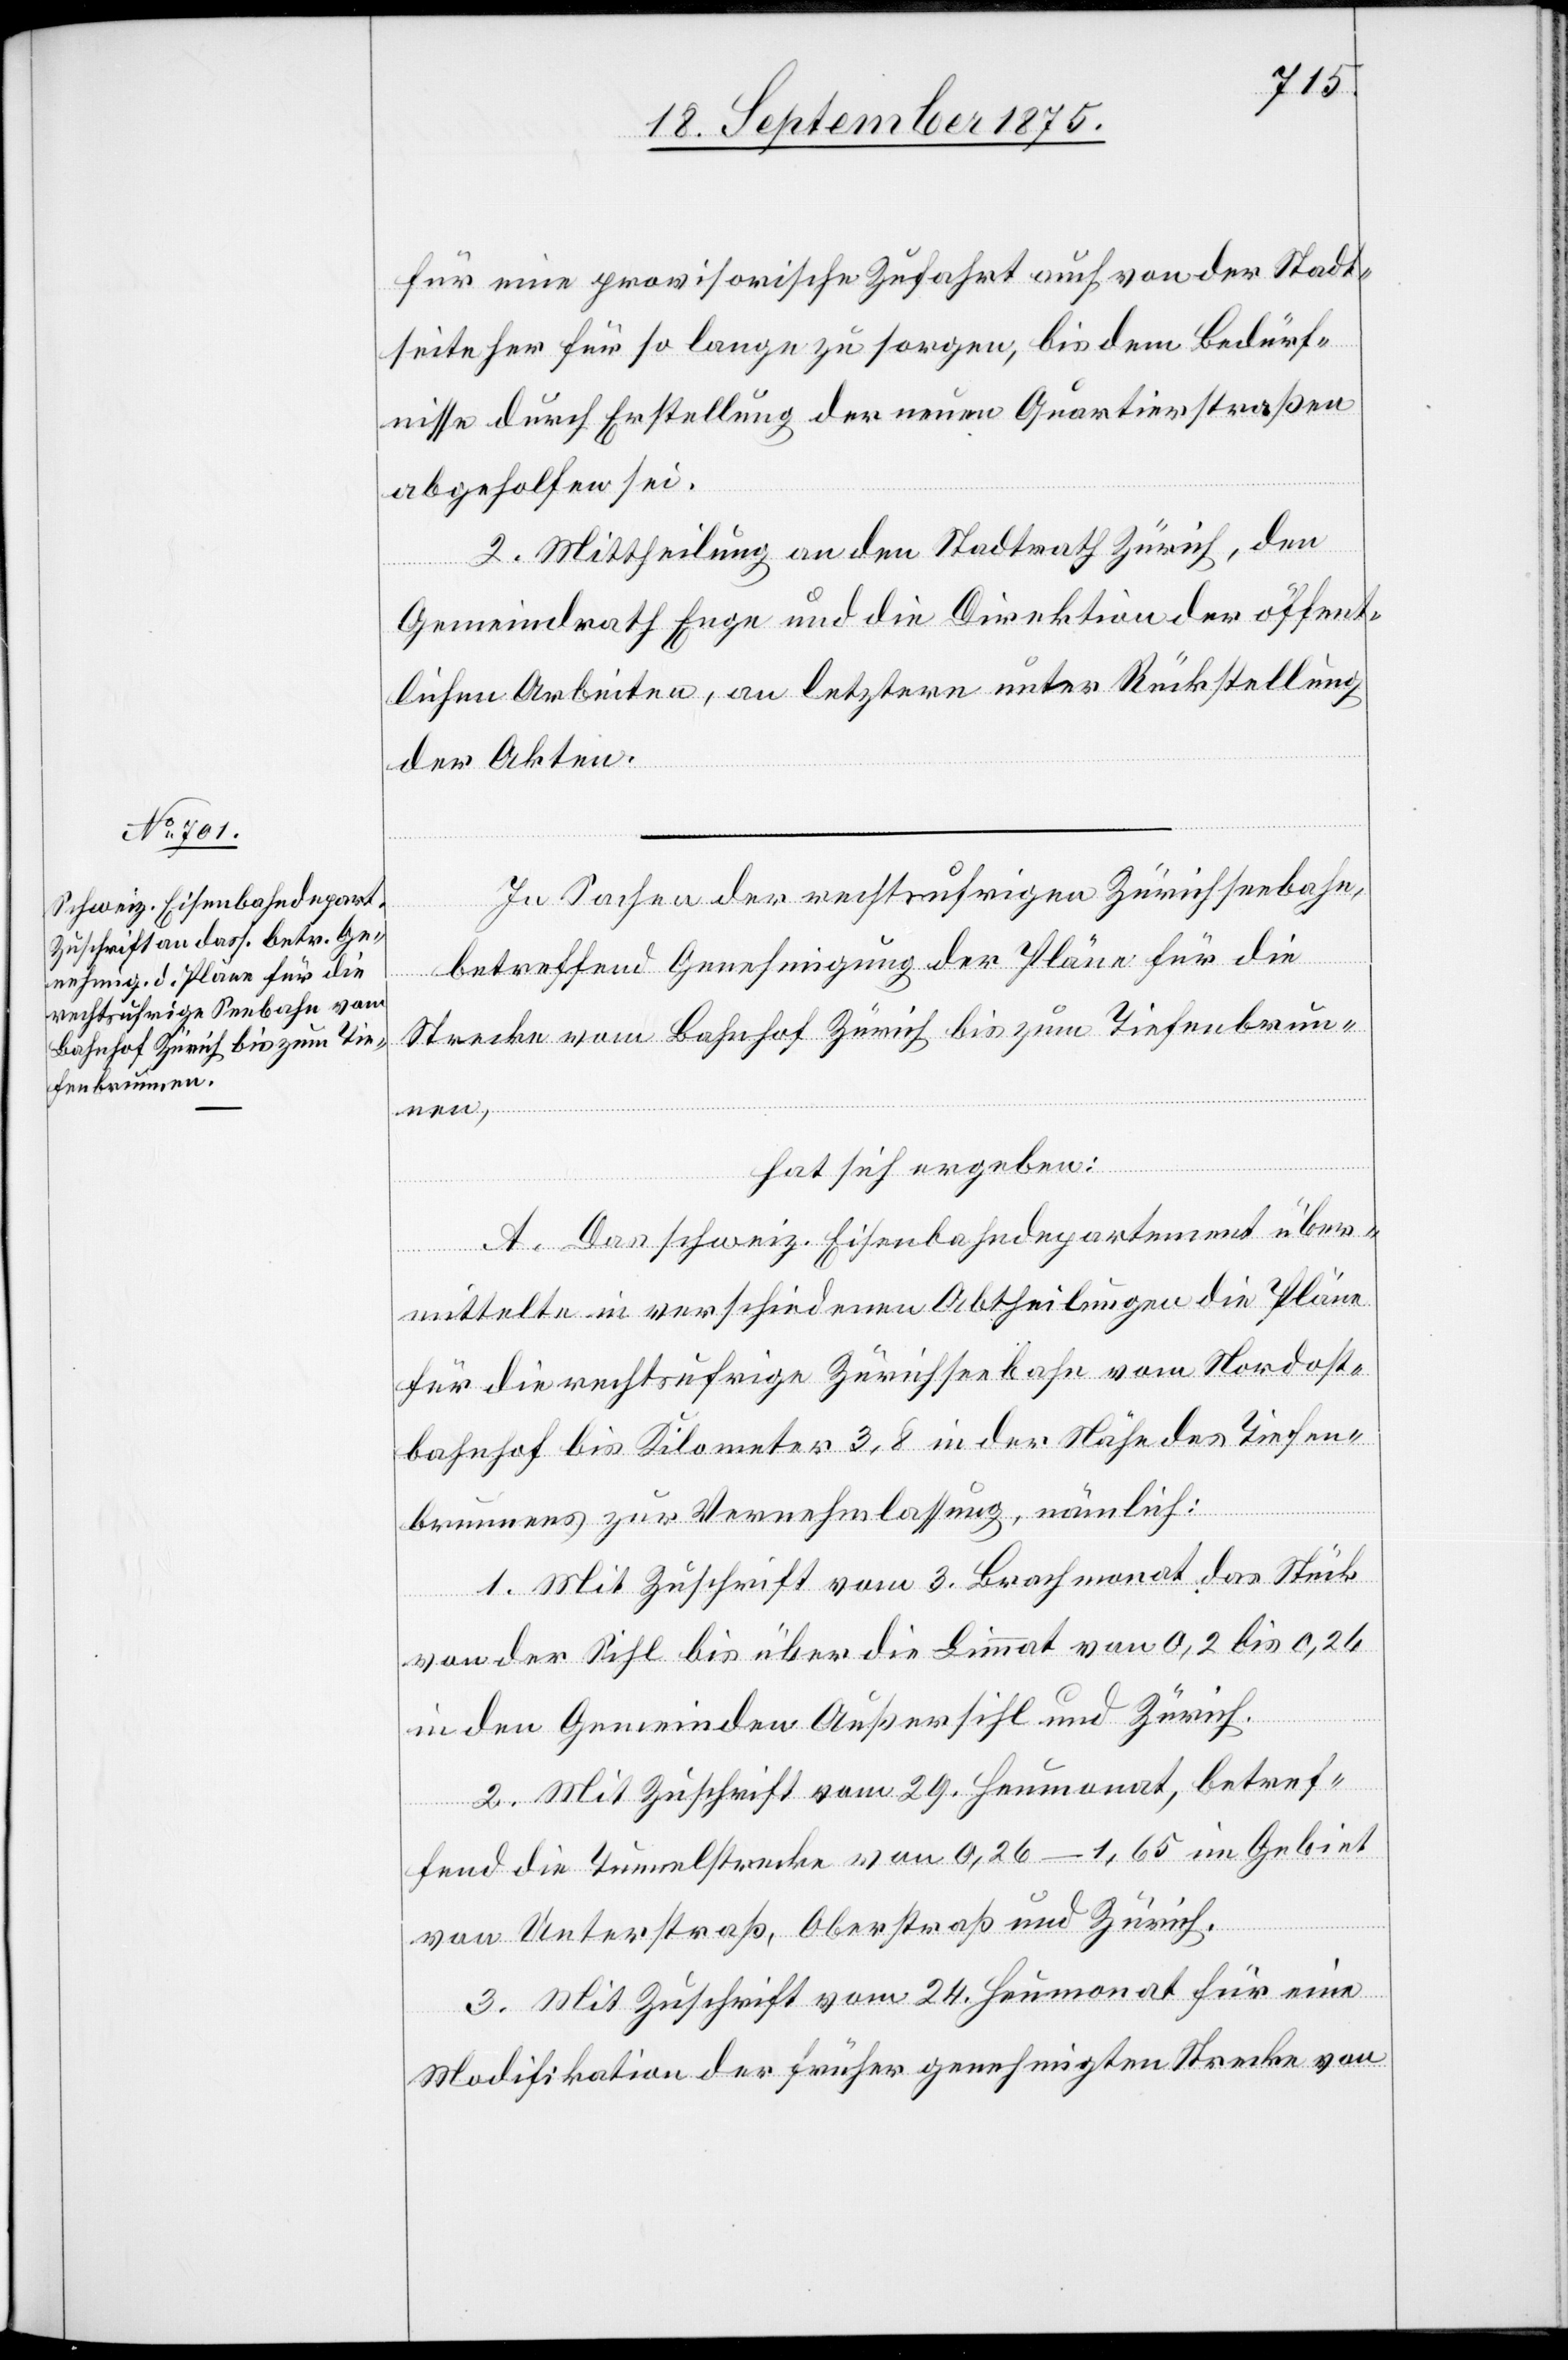
für eine provisorische Zufahrt auch von der Stadt¬
seite her für so lange zu sorgen, bis dem Bedürf¬
nisse durch Erstellung der neuen Quartierstraßen
abgeholfen sei.
2. Mittheilung an den Stadtrath Zürich, den
Gemeindrath Enge und die Direktion der öffent¬
lichen Arbeiten, an letztere unter Rückstellung
der Akten.
In Sachen der rechtsufrigen Zürichseebahn,
betreffend Genehmigung der Pläne für die
Strecke vom Bahnhof Zürich bis zum Tiefenbrun¬
hat sich ergeben:
A. Das schweiz. Eisenbahndepartement über¬
nen,
mittelte in verschiedenen Abtheilungen die Pläne
für die rechtsufrige Zürichseebahn vom Nordost¬
bahnhof bis Kilometer 3,8 in der Nähe des Tiefen¬
brunnens zur Vernehmlassung, nämlich:
1. Mit Zuschrift vom 3. Brachmonat das Stück
von der Sihl bis über die Limmat von 0,2 bis 0,26
in den Gemeinden Außersihl und Zürich.
2. Mit Zuschrift vom 29. Heumonat, betref¬
fend die Tunnelstrecke von 0,26–1,65 im Gebiet
von Unterstraß, Oberstraß und Zürich.
3. Mit Zuschrift vom 24. Heumonat für eine
Modifikation der früher genehmigten Strecke von